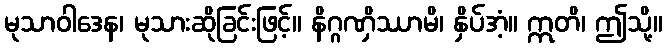
မုသာဝါဒေန၊ မုသားဆိုခြင်းဖြင့်။ နိဂ္ဂဏှိဿာမိ၊ နှိပ်အံ့။ ဣတိ၊ ဤသို့။